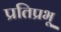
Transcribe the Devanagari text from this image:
प्रतिप्रभू